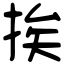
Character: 挨